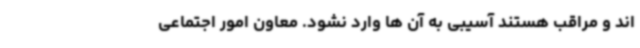
‌اند و مراقب هستند آسیبی به آن ‌ها وارد نشود. معاون امور اجتماعی